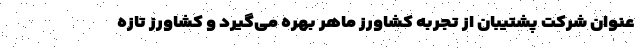
عنوان شرکت پشتیبان از تجربه کشاورز ماهر بهره می‌گیرد و کشاورز تازه